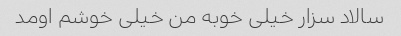
سالاد سزار خیلی خوبه من خیلی خوشم اومد